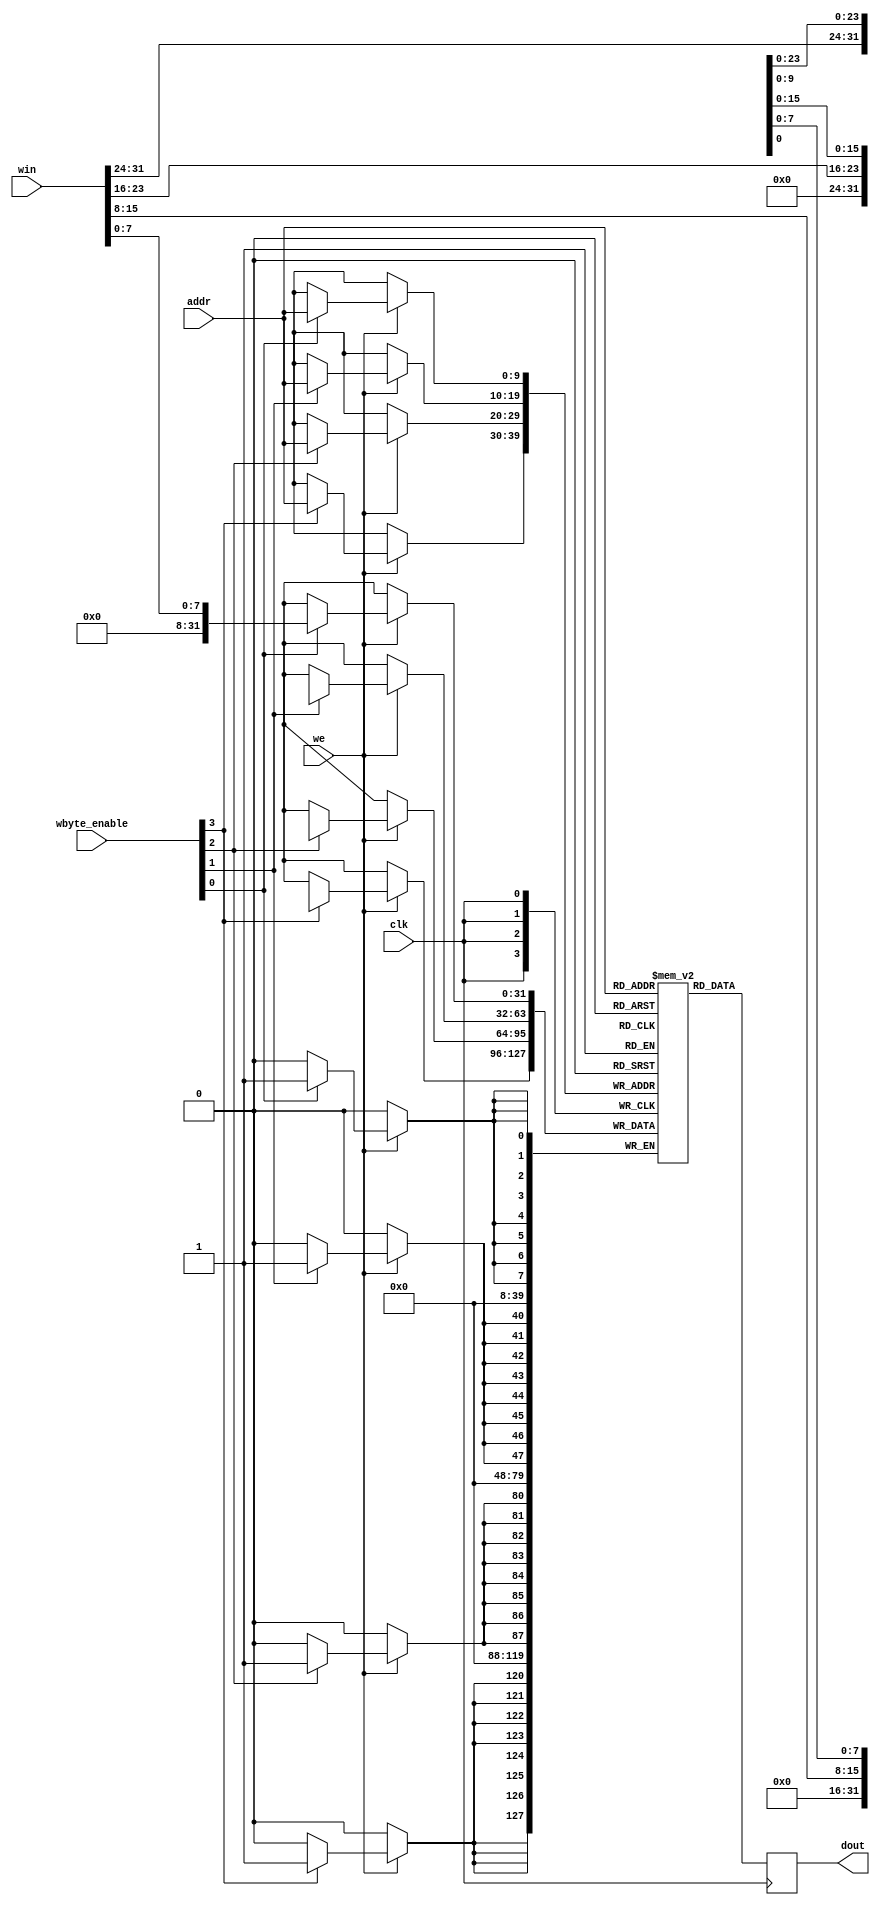
module dm(clk, addr, we, win, wbyte_enable, dout);

input wire clk;
input wire [9:0] addr;
input wire we;
input wire [31:0] win;
input wire [3:0] wbyte_enable;
output reg [31:0] dout;

integer i;

reg [31:0] dm [1023:0]; // 1024 * 4 = 4096

initial begin
    for(i = 0; i < 1024; i = i + 1) dm[i] <= 0;
end

always @ (posedge clk) begin
    dout <= dm[addr];
    if(we) begin
        if(wbyte_enable[0]) dm[addr][7:0] <= win[7:0];
        if(wbyte_enable[1]) dm[addr][15:8] <= win[15:8];
        if(wbyte_enable[2]) dm[addr][23:16] <= win[23:16];
        if(wbyte_enable[3]) dm[addr][31:24] <= win[31:24];
    end
end

endmodule